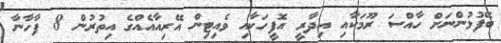
ބޭފުޅުންނަށް ހާއްސަ ރޫމަކާއި އިދާރީ އޮފީހަކާއި ވެއިޓިން އޭރިއާއެއްގެ އިތުރުން 8 ފާހާނާ